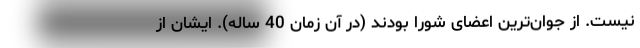
نیست. از جوان‌ترین اعضای شورا بودند (در آن زمان 40 ساله). ایشان از